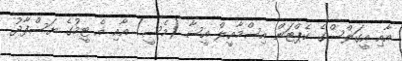
އާއި އީގަލްސްގެ ކެޕްޓަން އިސްމާއީލް އީސާ (މެސީ) އާއި އެ ޓީމުގެ ޔަސްފާދު